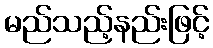
မည်သည့်နည်းဖြင့်